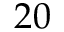
2 0